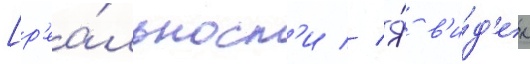
[р'еа́льност'и // Я́ в'и́д'ел